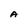
Character: A